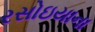
રસોઇયાના